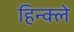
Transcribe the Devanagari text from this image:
हिन्क्ले